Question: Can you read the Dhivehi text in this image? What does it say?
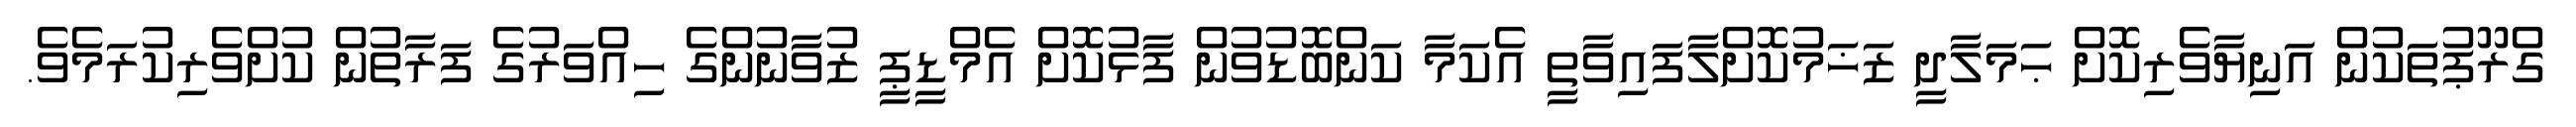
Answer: ގްރޫޕުތަކުން އަނިޔާވެރިކޮށް ޙަމަލާދީ ޒަޚަމުކޮށްލާފައިވާތީ އެކަމާ ކަންބޮޑުވުން ފާޅުކޮށް އެމްޑީޕީ ޒުވާނުންގެ ހިއްވަރުގެ ފަރާތުން ކުށްވެރިކުރަމެވެ.